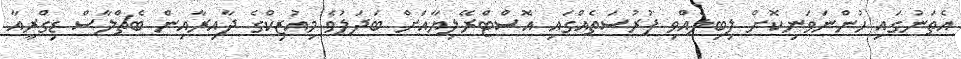
އެތަނުގައި ހުންނަވަނިކޮށް ލިބިލެއްވި ފުރުސަތެއްގައި އޮސްޓްރޭލިޔާއަށް ބަދަލުވެ މިއުޒިކްގެ ދާއިރާއިން ބެޗްލާސް ޑިގްރީއާ